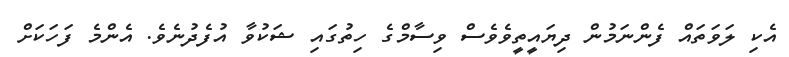
އެކި ލަވަތައް ފެންނަމުން ދިޔައީތީވެވެސް ވިސާމްގެ ހިތުގައި ޝަކުވާ އުފެދުނެވެ. އެންމެ ފަހަކަށް